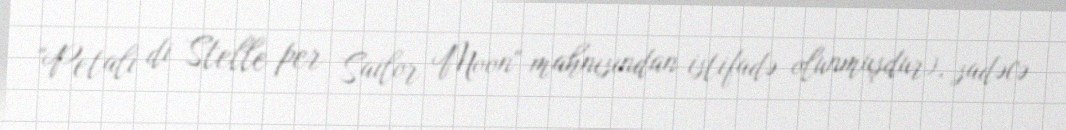
"Petali di Stelle per Sailor Moon" mahnısından istifadə olunmuşdur), sadəcə